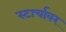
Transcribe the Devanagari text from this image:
स्टार्चावर